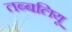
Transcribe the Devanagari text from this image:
तब्बलियू